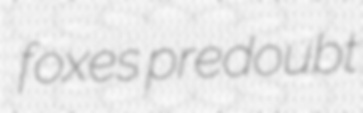
foxes predoubt